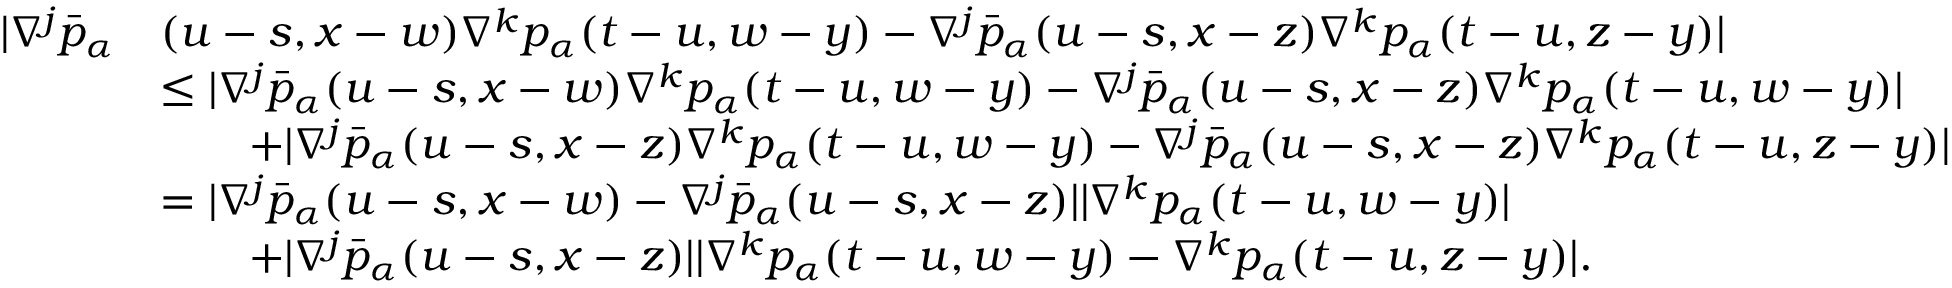
\begin{array} { r l } { | \nabla ^ { j } \bar { p } _ { \alpha } } & { ( u - s , x - w ) \nabla ^ { k } p _ { \alpha } ( t - u , w - y ) - \nabla ^ { j } \bar { p } _ { \alpha } ( u - s , x - z ) \nabla ^ { k } p _ { \alpha } ( t - u , z - y ) | } \\ & { \leq | \nabla ^ { j } \bar { p } _ { \alpha } ( u - s , x - w ) \nabla ^ { k } p _ { \alpha } ( t - u , w - y ) - \nabla ^ { j } \bar { p } _ { \alpha } ( u - s , x - z ) \nabla ^ { k } p _ { \alpha } ( t - u , w - y ) | } \\ & { \qquad + | \nabla ^ { j } \bar { p } _ { \alpha } ( u - s , x - z ) \nabla ^ { k } p _ { \alpha } ( t - u , w - y ) - \nabla ^ { j } \bar { p } _ { \alpha } ( u - s , x - z ) \nabla ^ { k } p _ { \alpha } ( t - u , z - y ) | } \\ & { = | \nabla ^ { j } \bar { p } _ { \alpha } ( u - s , x - w ) - \nabla ^ { j } \bar { p } _ { \alpha } ( u - s , x - z ) | | \nabla ^ { k } p _ { \alpha } ( t - u , w - y ) | } \\ & { \qquad + | \nabla ^ { j } \bar { p } _ { \alpha } ( u - s , x - z ) | | \nabla ^ { k } p _ { \alpha } ( t - u , w - y ) - \nabla ^ { k } p _ { \alpha } ( t - u , z - y ) | . } \end{array}